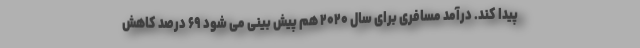
پیدا کند. درآمد مسافری برای سال ۲۰۲۰ هم پیش بینی می شود ۶۹ درصد کاهش